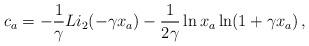
LaTeX: \begin{align*}c_a = -\frac{1}{\gamma} Li_2(-\gamma x_a) - \frac{1}{2\gamma} \ln x_a \ln (1+\gamma x_a) \,,\end{align*}